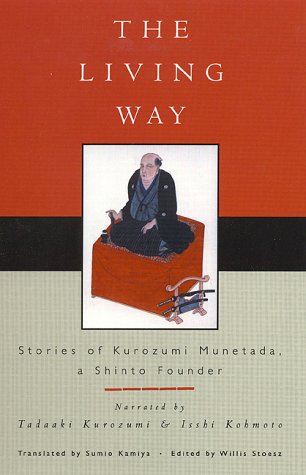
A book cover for The Living Way: Stories of Kurozumi Munetada, A Shinto Founder (Sacred Literature Series); Sumio Kamiya; Religion & Spirituality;